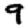
Digit: 9